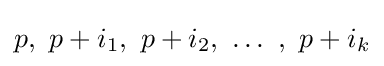
p,\ p+i_{1},\ p+i_{2},\ \dots \ ,\ p+i_{k}